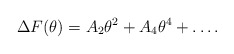
\begin{align*}\Delta F(\theta) = A_2 \theta^2 + A_4 \theta^4 + \ldots .\end{align*}